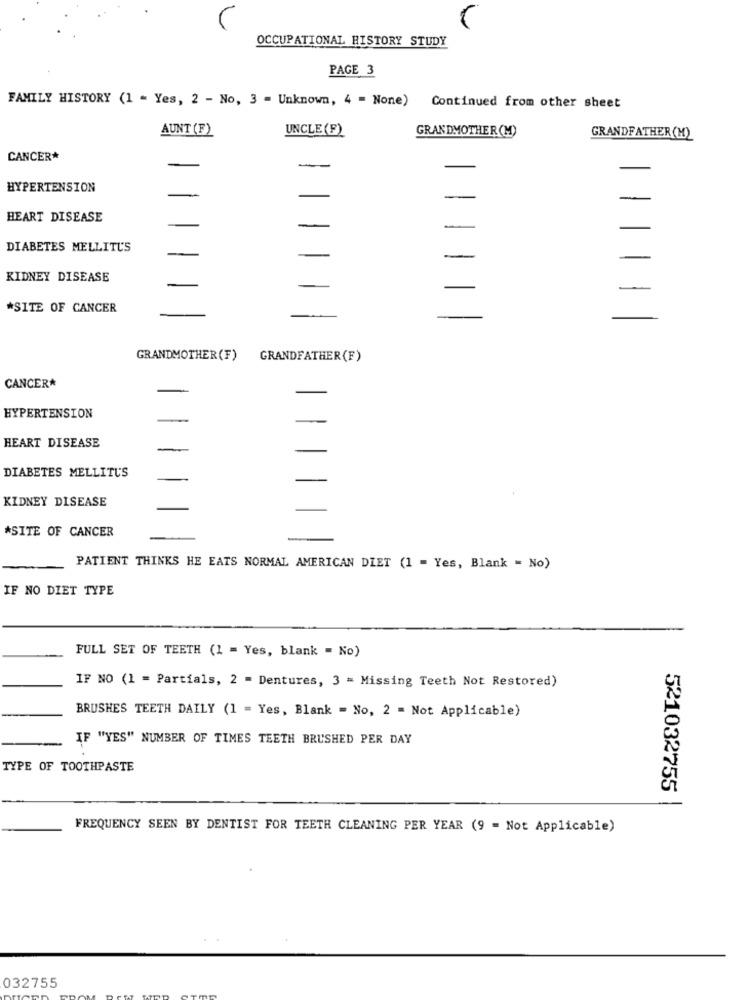
OCCUPATIONAL HISTORY STUDY
PAGE 3
FAMILY HISTORY (1 - Yes, 2 - No, 3 - Unknown, 4 - None) Continued from other sheet
AUNT (F)
UNCLE (F)
GRANDMOTHER(M)
GRANDFATHER (M)
CANCER*
HYPERTENSION
-
-
HEART DISEASE
-
DIABETES MELLITUS
KIDNEY DISEASE
*SITE OF CANCER
GRANDMOTHER(F)
GRANDFATHER (F)
CANCER*
HYPERTENSION
HEART DISEASE
DIABETES MELLITUS
KIDNEY DISEASE
*SITE OF CANCER
PATIENT THINKS HE EATS NORMAL AMERICAN DIET (1 = Yes, Blank = No)
IF NO DIET TYPE
FULL SET OF TEETH (1 = Yes, blank = No)
IF NO (1 = Partials, 2 = Dentures, 3 = Missing Teeth Not Restored)
BRUSHES TEETH DAILY (1 = Yes, Blank - No, 2 = Not Applicable)
IF "YES" NUMBER OF TIMES TEETH BRUSHED PER DAY
TYPE OF TOOTHPASTE
521032755
FREQUENCY SEEN BY DENTIST FOR TEETH CLEANING PER YEAR (9 = Not Applicable)
032755